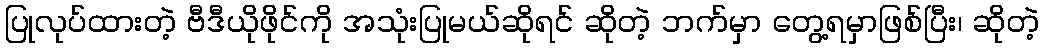
ပြုလုပ်ထားတဲ့ ဗီဒီယိုဖိုင်ကို အသုံးပြုမယ်ဆိုရင် ဆိုတဲ့ ဘက်မှာ တွေ့ရမှာဖြစ်ပြီး၊ ဆိုတဲ့